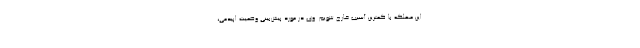
این مهلکه با کمترین آسیب خارج شویم. وی در مورد پیش‌بینی وضعیت اپیدمی،